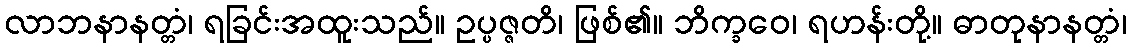
လာဘနာနတ္တံ၊ ရခြင်းအထူးသည်။ ဥပ္ပဇ္ဇတိ၊ ဖြစ်၏။ ဘိက္ခဝေ၊ ရဟန်းတို့။ ဓာတုနာနတ္တံ၊